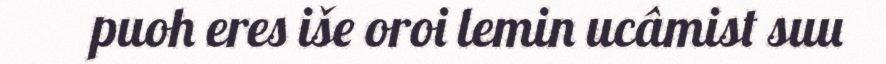
puoh eres iše oroi lemin ucâmist suu